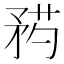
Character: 𥍰